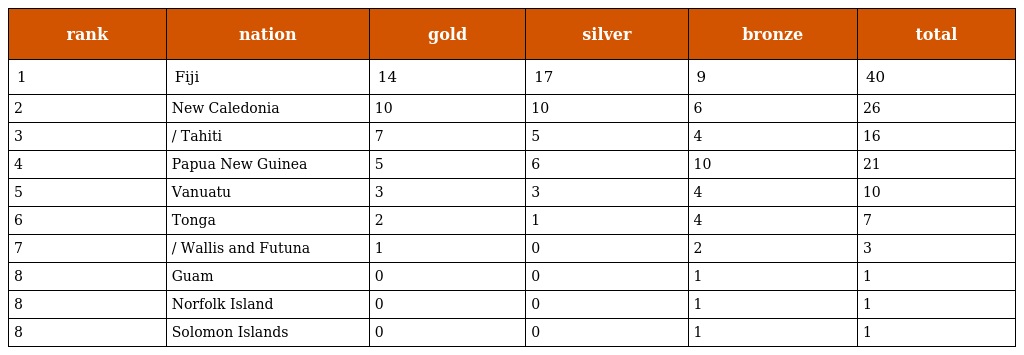
| rank | nation | gold | silver | bronze | total |
 | --- | --- | --- | --- | --- | --- |
 | 1 | Fiji | 14 | 17 | 9 | 40 |
 | 2 | New Caledonia | 10 | 10 | 6 | 26 |
 | 3 | / Tahiti | 7 | 5 | 4 | 16 |
 | 4 | Papua New Guinea | 5 | 6 | 10 | 21 |
 | 5 | Vanuatu | 3 | 3 | 4 | 10 |
 | 6 | Tonga | 2 | 1 | 4 | 7 |
 | 7 | / Wallis and Futuna | 1 | 0 | 2 | 3 |
 | 8 | Guam | 0 | 0 | 1 | 1 |
 | 8 | Norfolk Island | 0 | 0 | 1 | 1 |
 | 8 | Solomon Islands | 0 | 0 | 1 | 1 |